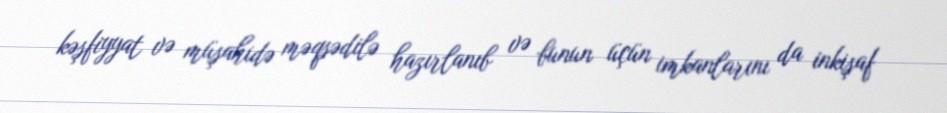
kəşfiyyat və müşahidə məqsədilə hazırlanıb və bunun üçün imkanlarını da inkişaf